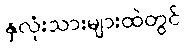
နှလုံးသားများထဲတွင်